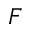
\boldsymbol { F }